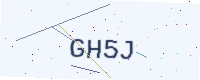
Text: GH5J